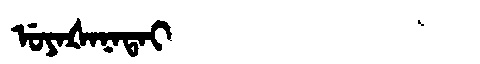
Manchu: ᡠᠶᠠᡧᠠᠨᠠᡨᠠᡳ
Romanization: UYAŠANATAI